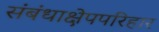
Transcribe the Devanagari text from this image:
संबंधाक्षेपपरिहार